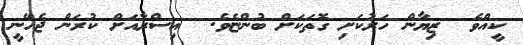
ކީއްވެ  ޒިޔާން ހަރުކަށި ގޮތަކަށް ބުންޏެވެ.  އިސްރާއަށް ކުރަން ޖެހޭނީ